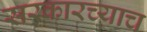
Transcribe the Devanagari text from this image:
सरकारच्याच